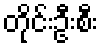
တိုင်းဦးစီး